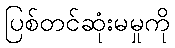
ပြစ်တင်ဆုံးမမှုကို